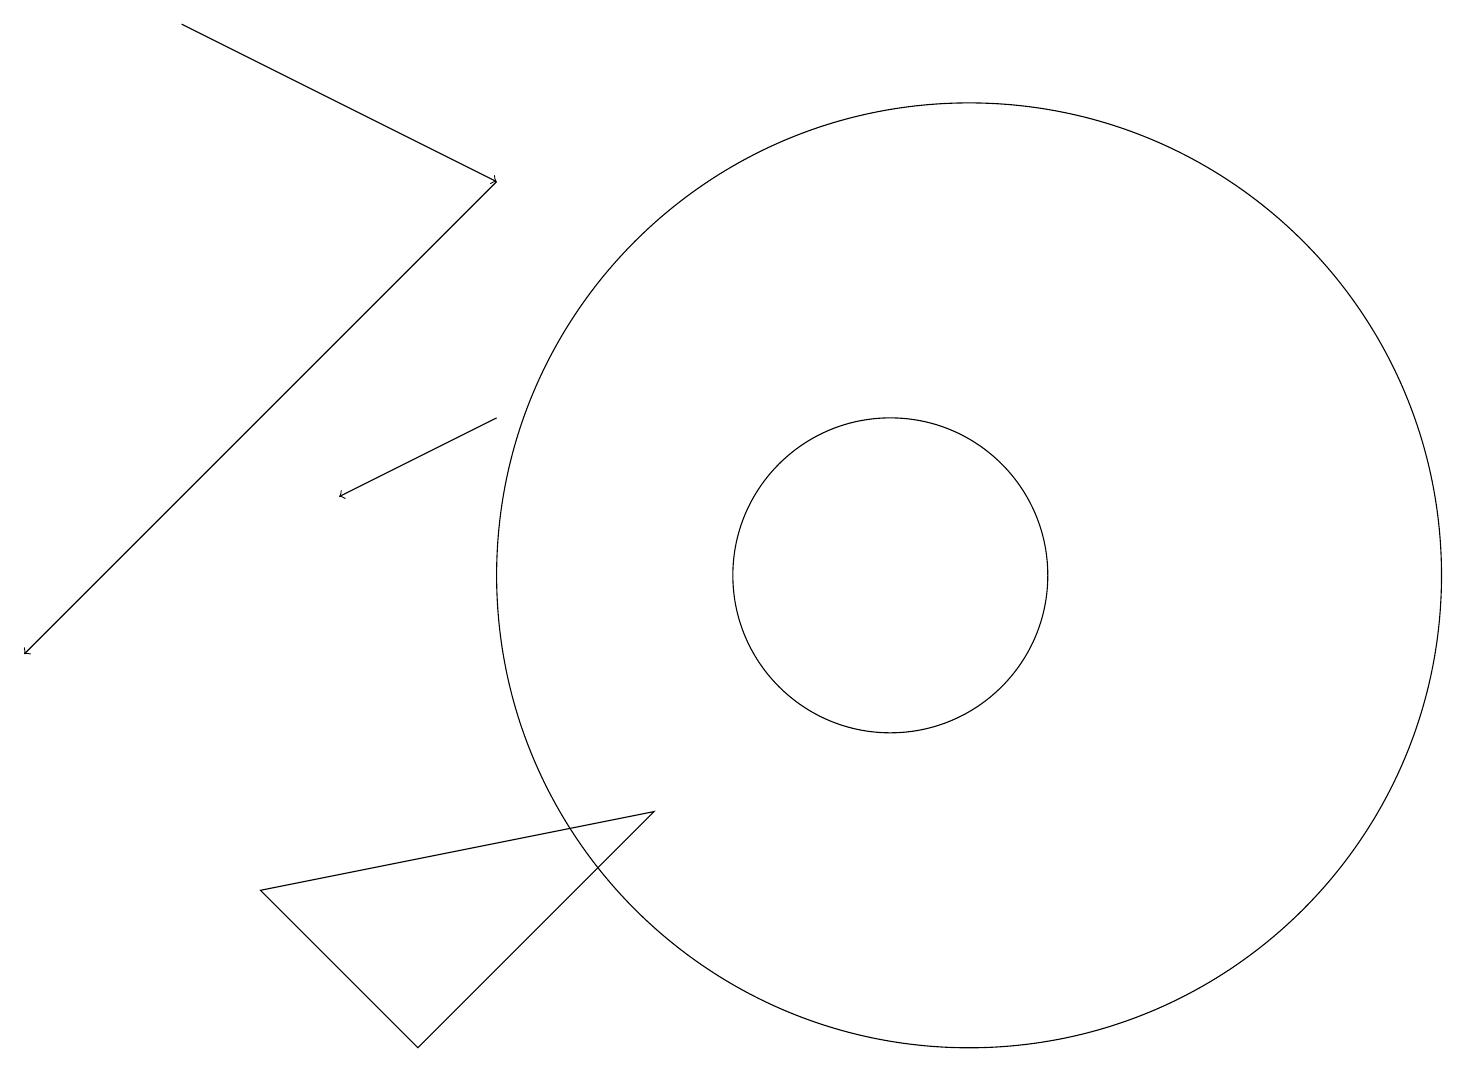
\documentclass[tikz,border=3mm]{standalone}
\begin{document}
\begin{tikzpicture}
\draw (11,11) circle (2);
\draw (12,11) circle (6);
\draw[->] (6,16) -- (0,10);
\draw[->] (6,13) -- (4,12);
\draw[->] (2,18) -- (6,16);
\draw (8,8) -- (3,7) -- (5,5) -- cycle;
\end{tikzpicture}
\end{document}